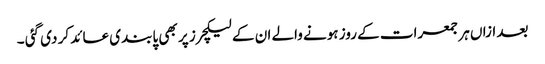
بعد ازاں ہر جمعرات کے روز ہونے والے ان کے لیکچرز پر بھی پابندی عائد کر دی گئی ۔